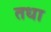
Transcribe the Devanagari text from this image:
तधा